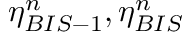
\eta _ { B I S - 1 } ^ { n } , \eta _ { B I S } ^ { n }